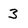
Character: 3